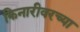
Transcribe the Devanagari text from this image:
किनारीवरच्या